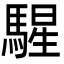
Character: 𩤵